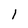
Character: 1